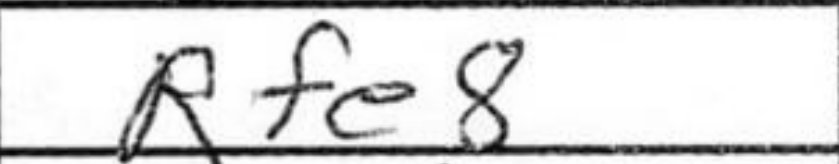
Transcription: Rfe8